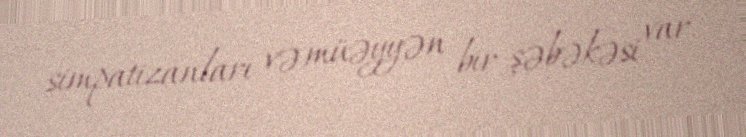
simpatizanları və müəyyən bir şəbəkəsi var.